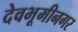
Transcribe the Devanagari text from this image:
देवभूमीनगर